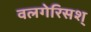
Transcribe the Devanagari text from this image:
वलगेरिसश्